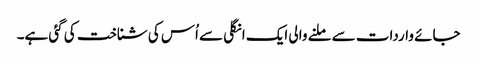
جائے واردات سے ملنے والی ایک انگلی سے اُس کی شناخت کی گئی ہے۔